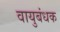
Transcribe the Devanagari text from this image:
वायुबंधक